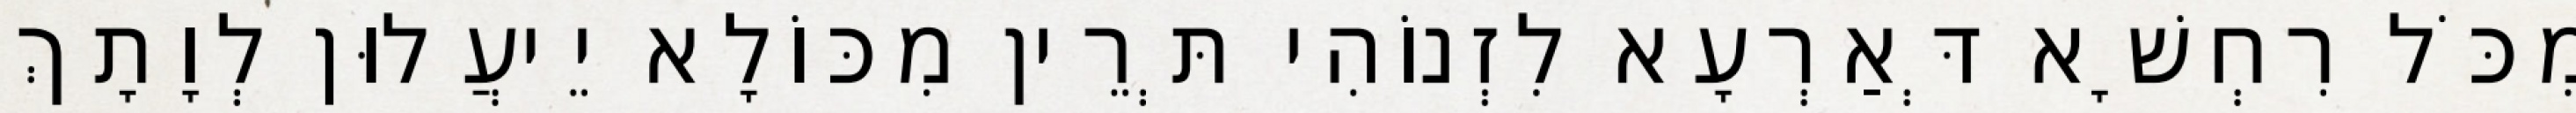
מִכֹּל רִחְשָׁא דְּאַרְעָא לִזְנוֹהִי תְּרֵין מִכּוֹלָא יֵיעֲלוּן לְוָתָךְ